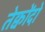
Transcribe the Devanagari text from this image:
तेक्वोंदो